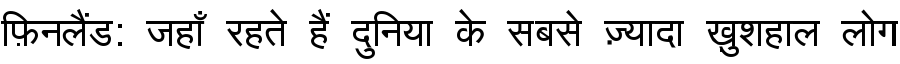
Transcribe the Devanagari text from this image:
फ़िनलैंड: जहाँ रहते हैं दुनिया के सबसे ज़्यादा ख़ुशहाल लोग